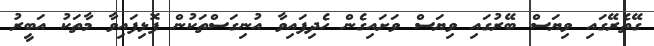
ގޭތެރޭގައި ވިޔަސް ބޭރުގައި ވިޔަސް ވަށައިގެން ހެދިފައިވާ އުނިގަސްތަކުން ފޮޅިފައިވާ މާތަކު އަބީރު